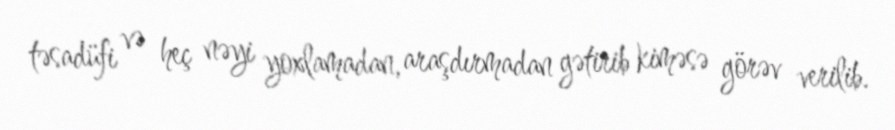
təsadüfi və heç nəyi yoxlamadan, araşdırmadan gətirib kiməsə görəv verilib.